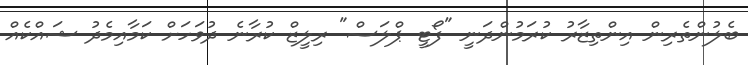
ބެލުންތެރިން އިންތިޒާރު ކުރަމުންދަނީ "ފޯޓީ ޕްލަސް" ރިލީޒް ކުރާނެ ދުވަހަށް ކަމާއިމެދު ޝައްކެއް